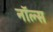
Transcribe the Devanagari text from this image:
नॉल्स